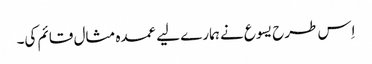
‏ اِس طرح یسوع نے ہمارے لیے عمدہ مثال قائم کی۔